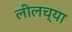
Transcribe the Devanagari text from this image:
लीलच्या